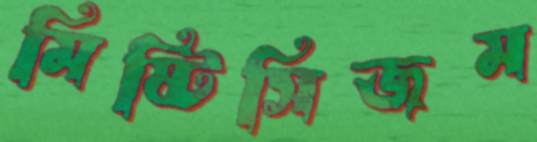
মিষ্টিসিজম